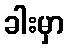
ခါးမှာ